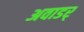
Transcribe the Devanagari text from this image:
अवाडर्